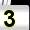
Digit: 3